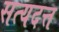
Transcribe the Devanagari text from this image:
सत्यदत्त